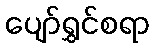
ပျော်ရွှင်စရာ